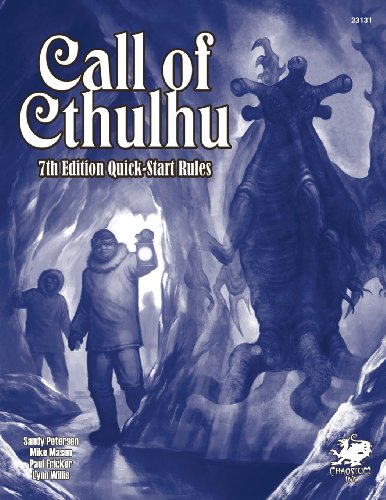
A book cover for Call of Cthulhu 7th Ed. QuickStart; Sandy Petersen; Science Fiction & Fantasy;